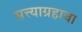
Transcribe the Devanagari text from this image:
सत्त्याग्रहाचा